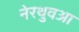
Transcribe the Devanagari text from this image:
नेरथुवआ